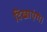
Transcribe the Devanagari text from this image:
दिखाएंगे।